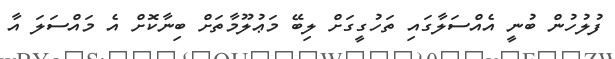
ފުލުހުން ބުނީ އެއްސަލާގައި ތަހުގީގަށް ލިބޭ މަޢުލޫމާތަށް ބިނާކޮށް އެ މައްސަލަ އާ